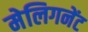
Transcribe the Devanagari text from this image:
मेलिगनेंट